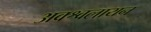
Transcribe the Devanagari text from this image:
अवश्वलायन